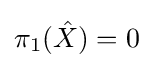
\pi _{1}({\hat {X}})=0